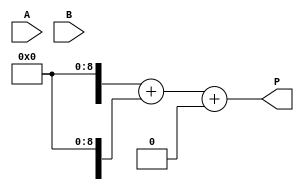
module higher_radix_wallace_tree_multiplier #(parameter N = 8) (
    input [N-1:0] A,
    input [N-1:0] B,
    output reg [2*N-1:0] P
);
    
    // Internal signals for partial products
    wire [N*3-1:0] pp [0:N-1]; // Partial products
    wire [N*3-1:0] sum [0:N-1]; // Sums for CSA
    wire [N*3-1:0] carry [0:N-1]; // Carries for CSA

    // Generate Partial Products
    genvar i, j;
    generate
        for (i = 0; i < N; i = i + 1) begin : pp_gen
            for (j = 0; j < 3; j = j + 1) begin : pp_bit
                assign pp[i][j*3 +: 3] = (B[i] == 1'b1) ? (A >> (i * 3)) : 3'b000;
            end
        end
    endgenerate

    // Wallace Tree Reduction using Carry Save Adders
    // First stage of reduction
    generate
        for (i = 0; i < N; i = i + 1) begin : reduction_stage1
            if (i < N-1) begin
                assign sum[i] = pp[i][2*N-1:0] + pp[i+1][2*N-1:0];
                assign carry[i] = pp[i][2*N-1:0] & pp[i+1][2*N-1:0];
            end else begin
                assign sum[i] = pp[i][2*N-1:0];
                assign carry[i] = 0;
            end
        end
    endgenerate

    // Second stage of reduction
    generate
        for (i = 0; i < N; i = i + 1) begin : reduction_stage2
            if (i < N-2) begin
                assign sum[i] = sum[i][2*N-1:0] + carry[i][2*N-1:0];
                assign carry[i] = sum[i][2*N-1:0] & carry[i][2*N-1:0];
            end else begin
                assign sum[i] = sum[i][2*N-1:0];
                assign carry[i] = 0;
            end
        end
    endgenerate

    // Final addition
    always @(*) begin
        P = sum[N-2] + carry[N-2];
    end

endmodule